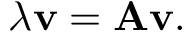
\lambda { \mathbf { v } } = { \bf A } { \mathbf { v } } .